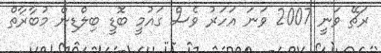
ރަޗޭ ވަނީ 2007 ވަނަ އަހަރު ވެސް ގައުމީ ބޮޑީ ބިލްޑިން މުބާރާތް